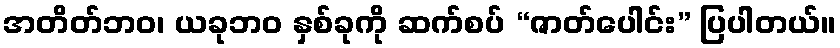
အတိတ်ဘဝ၊ ယခုဘဝ နှစ်ခုကို ဆက်စပ် “ဇာတ်ပေါင်း” ပြပါတယ်။